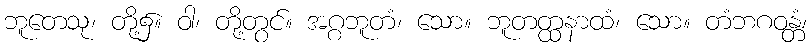
ဘူတေသု၊ တို့၌။ ဝါ၊ တို့တွင်။ အဂ္ဂဘူတံ၊ သော။ ဘူတတ္ထနာထံ၊ သော။ တံဘဂဝန္တံ၊